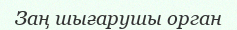
Заң шығарушы орган